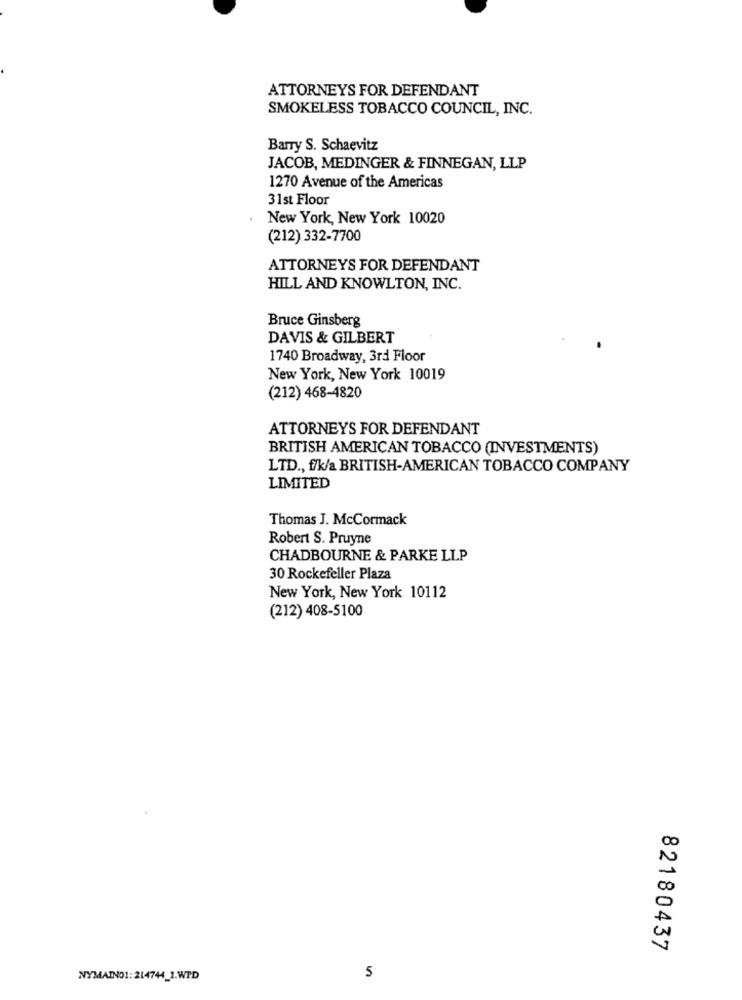
ATTORNEYS FOR DEFENDANT
SMOKELESS TOBACCO COUNCIL, INC.
Barry S. Schaevitz
JACOB, MEDINGER & FINNEGAN, LLP
1270 Avenue of the Americas
31st Floor
. New York, New York 10020
(212) 332-7700
ATTORNEYS FOR DEFENDANT
HILL AND KNOWLTON, INC.
Bruce Ginsberg
DAVIS & GILBERT
1740 Broadway, 3rd Floor
New York, New York 10019
(212) 468-4820
ATTORNEYS FOR DEFENDANT
BRITISH AMERICAN TOBACCO (INVESTMENTS)
LTD ., f/k/a BRITISH-AMERICAN TOBACCO COMPANY
LIMITED
Thomas J. McCormack
Robert S. Pruyne
CHADBOURNE & PARKE LLP
30 Rockefeller Plaza
New York, New York 10112
(212) 408-5100
82180437
NYMAIN01: 214744_1.WPD
5